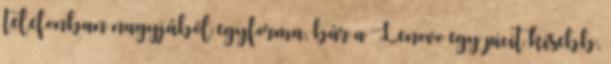
telefonban nagyjából egyforma, bár a Lenovo egy picit kisebb,